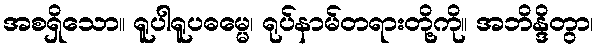
အစရှိသော။ ရူပါရူပဓမ္မေ၊ ရုပ်နာမ်တရားတို့ကို။ အဘိန္ဒိတွာ၊